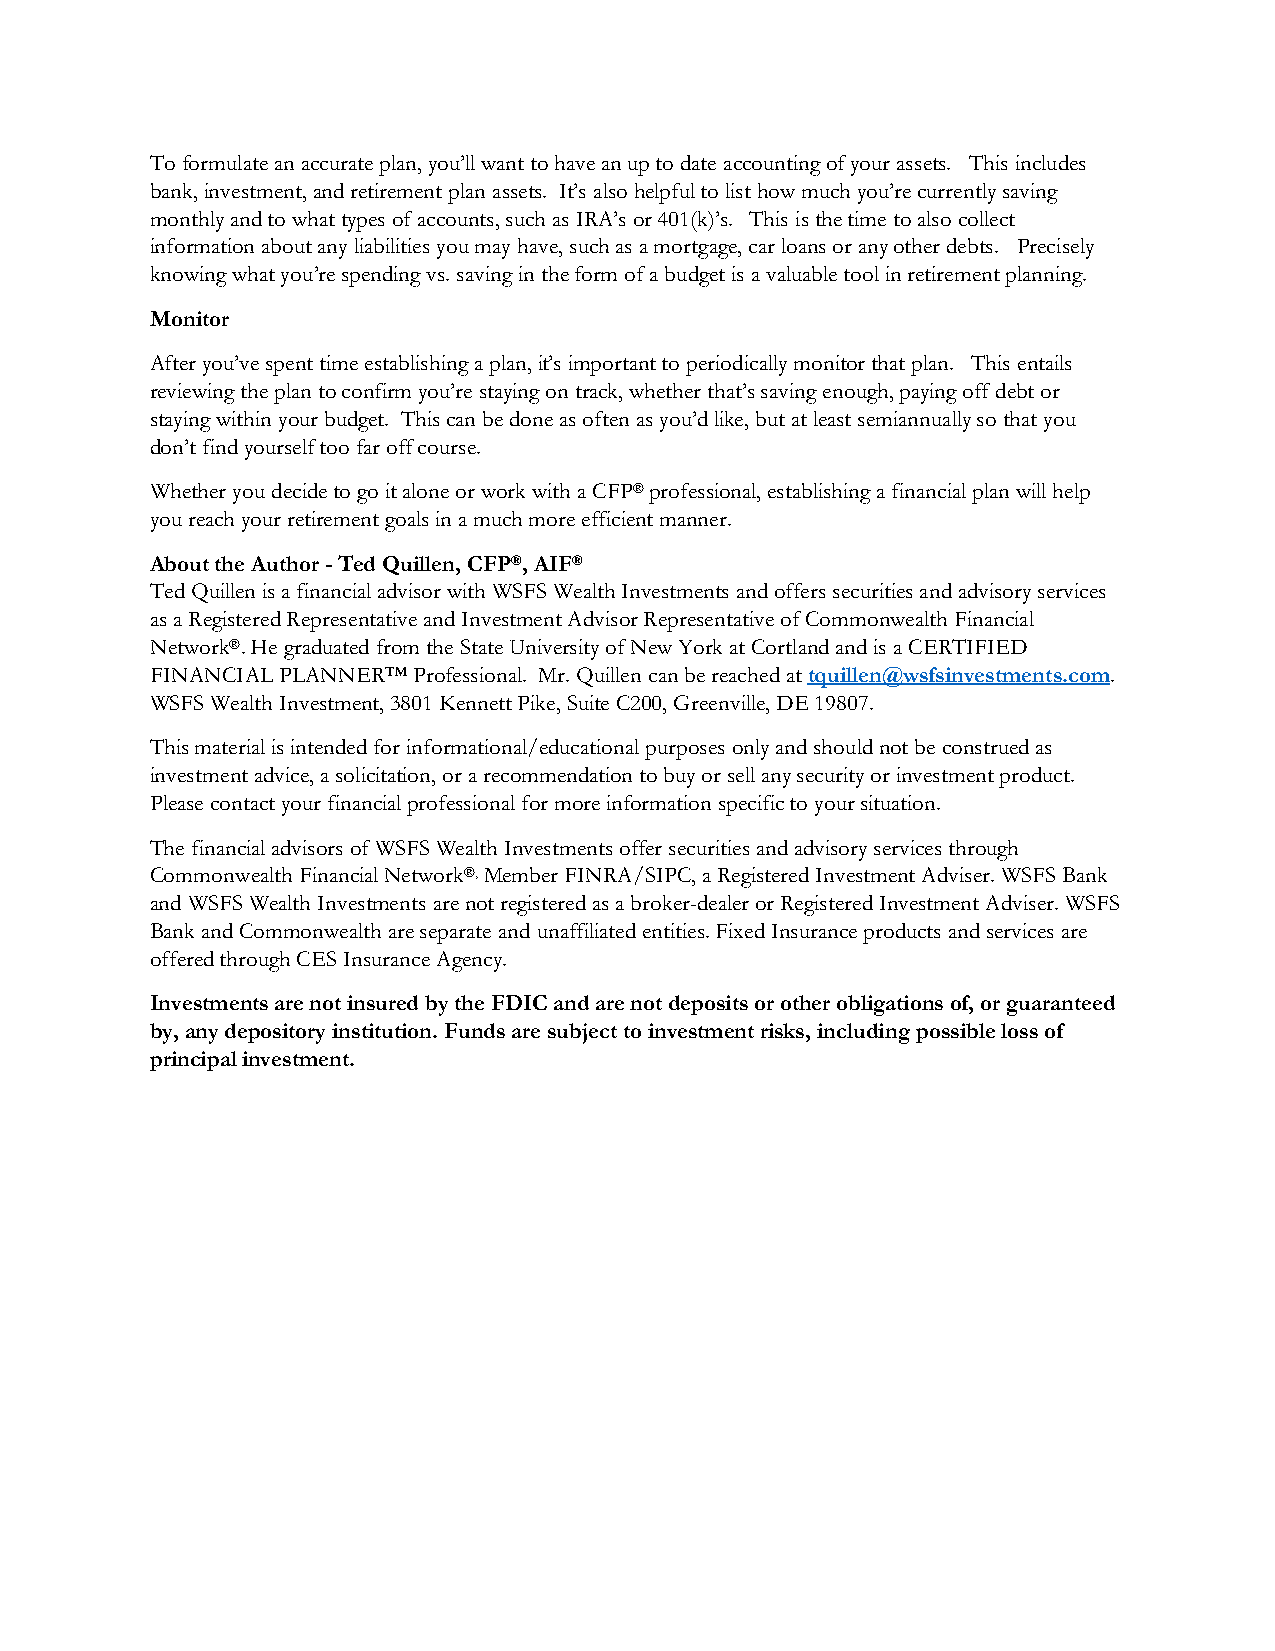
To formulate an accurate plan, you’ll want to have an up to date accounting of your assets. This includes
 bank, investment, and retirement plan assets. It’s also helpful to list how much you’re currently saving
 monthly and to what types of accounts, such as IRA’s or 401(k)’s. This is the time to also collect
 information about any liabilities you may have, such as a mortgage, car loans or any other debts. Precisely
 knowing what you’re spending vs. saving in the form of a budget is a valuable tool in retirement planning.
 Monitor
 After you’ve spent time establishing a plan, it’s important to periodically monitor that plan. This entails
 reviewing the plan to confirm you’re staying on track, whether that’s saving enough, paying off debt or
 staying within your budget. This can be done as often as you’d like, but at least semiannually so that you
 don’t find yourself too far off course.
 Whether you decide to go it alone or work with a CFP® professional, establishing a financial plan will help
 you reach your retirement goals in a much more efficient manner.
 About the Author - Ted Quillen, CFP®, AIF®
 Ted Quillen is a financial advisor with WSFS Wealth Investments and offers securities and advisory services
 as a Registered Representative and Investment Advisor Representative of Commonwealth Financial
 Network®. He graduated from the State University of New York at Cortland and is a CERTIFIED
 FINANCIAL PLANNER™ Professional. Mr. Quillen can be reached at tquillen@wsfsinvestments.com.
 WSFS Wealth Investment, 3801 Kennett Pike, Suite C200, Greenville, DE 19807.
 This material is intended for informational/educational purposes only and should not be construed as
 investment advice, a solicitation, or a recommendation to buy or sell any security or investment product.
 Please contact your financial professional for more information specific to your situation.
 The financial advisors of WSFS Wealth Investments offer securities and advisory services through
 Commonwealth Financial Network®, Member FINRA/SIPC, a Registered Investment Adviser. WSFS Bank
 and WSFS Wealth Investments are not registered as a broker-dealer or Registered Investment Adviser. WSFS
 Bank and Commonwealth are separate and unaffiliated entities. Fixed Insurance products and services are
 offered through CES Insurance Agency.
 Investments are not insured by the FDIC and are not deposits or other obligations of, or guaranteed
 by, any depository institution. Funds are subject to investment risks, including possible loss of
 principal investment.